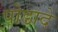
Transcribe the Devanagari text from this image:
पोडादे